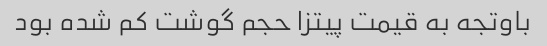
باوتجه به قیمت پیتزا حجم گوشت کم شده بود